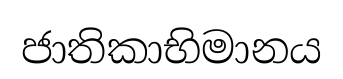
ජාතිකාභිමානය